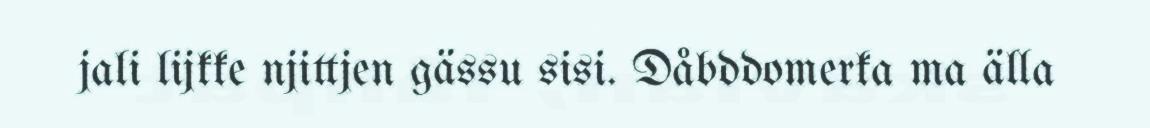
jali lijkke njittjen gässu sisi. Dåbddomerka ma älla